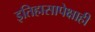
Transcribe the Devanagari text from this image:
इतिहासापेक्षाही